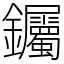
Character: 钃